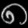
Digit: ၈